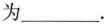
为___.